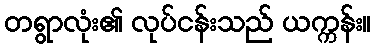
တရွာလုံး၏ လုပ်ငန်းသည် ယက္ကန်း။